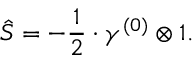
\hat { S } = - \frac { 1 } { 2 } \cdot \gamma ^ { ( 0 ) } \otimes 1 .